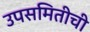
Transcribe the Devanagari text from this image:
उपसमितीची